Vaccination Hyderabad 1872-1889 - 1872-1889
Year: 1872
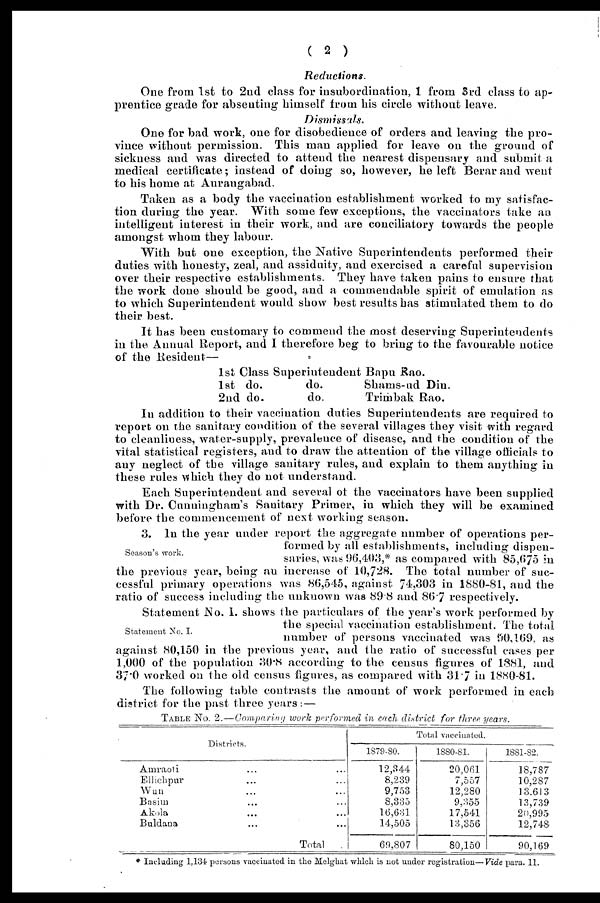
( 2 )
Reductions.
One from 1st to 2nd class for insubordination, 1 from 3rd class to ap-
prentice grade for absenting himself from his circle without leave.
Dismissals.
One for bad work, one for disobedience of orders and leaving the pro-
vince without permission. This man applied for leave on the ground of
sickness and was directed to attend the nearest dispensary and submit a
medical certificate; instead of doing so, however, he left Berar and went
to his home at Aurangabad.
Taken as a body the vaccination establishment worked to my satisfac-
tion during the year. With some few exceptions, the vaccinators take an
intelligent interest in their work, and are conciliatory towards the people
amongst whom they labour.
With but one exception, the Native Superintendents performed their
duties with honesty, zeal, and assiduity, and exercised a careful supervision
over their respective establishments. They have taken pains to ensure that
the work done should be good, and a commendable spirit of emulation as
to which Superintendent would show best results has stimulated them to do
their best.
It has been customary to commend the most deserving Superintendents
in the Annual Report, and I therefore beg to bring to the favourable notice
of the Resident—
1st Class Superintendent Bapu Rao.
1st
2nd
do.
do.
do.
do.
Shams-ud Din.
Trimbak Rao.
In addition to their vaccination duties Superintendents are required to
report on the sanitary condition of the several villages they visit with regard
to cleanliness, water-supply, prevalence of disease, and the condition of the
vital statistical registers, and to draw the attention of the village officials to
any neglect of the village sanitary rules, and explain to them anything in
these rules which they do not understand.
Each Superintendent and several of the vaccinators have been supplied
with Dr. Cunningham's Sanitary Primer, in which they will be examined
before the commencement of next working season.
Season's work.
3. In the year under report the aggregate number of operations per-
formed by all establishments, including dispen-
saries, was 96,403,* as compared with 85,675 in
the previous year, being an increase of 10,728. The total number of suc-
cessful primary operations was 86,545, against 74,303 in 1880-81, and the
ratio of success including the unknown was 89.8 and 86.7 respectively.
Statement No. I.
Statement No. I. shows the particulars of the year's work performed by
the special vaccination establishment. The total
number of persons vaccinated was 90,169, as
against 80,150 in the previous year, and the ratio of successful cases per
1,000 of the population 30.8 according to the census figures of 1881, and
37.0 worked on the old census figures, as compared with 31.7 in 1880-81.
The following table contrasts the amount of work performed in each
district for the past three years:—
TABLE No. 2.—Comparing work performed in each district for three years.
Districts.
Amraoti ... ...
Ellichpur ... ...
Wun ... ...
Basim ... ...
Akola ... ...
Buldana ... ...
Total ...
Total vaccinated.
1879-80.
12,344
8,239
9,753
8,335
16,631
14,505
69,807
1880-81.
20,061
7,557
12,280
9,355
17,541
13,356
80,150
1881-82.
18,787
10,287
13,613
13,739
20,995
12,748
90,169
* Including 1,134 persons vaccinated in the Melghat which is not under registration—Vide para. 11.